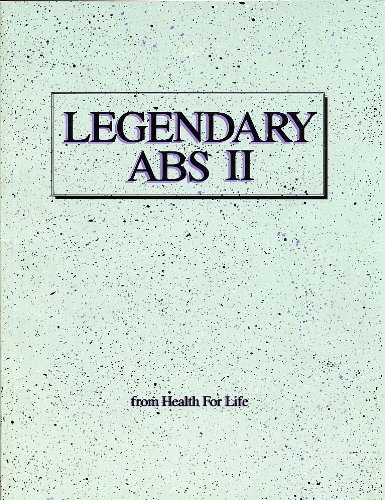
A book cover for Legendary Abs II; Health for Life Staff; Health, Fitness & Dieting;